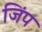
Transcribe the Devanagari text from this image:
जिंप